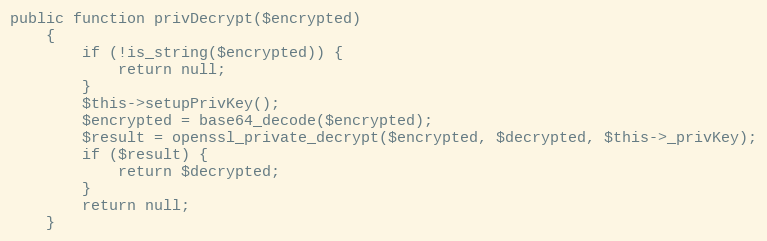
Language: PHP
public function privDecrypt($encrypted)
    {
        if (!is_string($encrypted)) {
            return null;
        }
        $this->setupPrivKey();
        $encrypted = base64_decode($encrypted);
        $result = openssl_private_decrypt($encrypted, $decrypted, $this->_privKey);
        if ($result) {
            return $decrypted;
        }
        return null;
    }